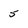
Character: 5